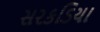
સરકડિયા